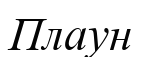
Плаун